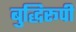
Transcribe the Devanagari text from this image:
बुद्धिरूपी